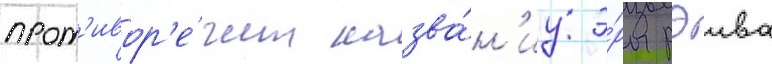
прот'ивор'е́чит назва́н'иу э́ры рэива